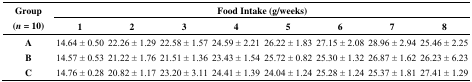
<table><thead><tr><td rowspan="3"><b>Group (<i>n</i> = 10)</b></td><td colspan="8"><b>Food Intake (g/weeks)</b></td></tr><tr><td><b>1</b></td><td><b>2</b></td><td><b>3</b></td><td><b>4</b></td><td><b>5</b></td><td><b>6</b></td><td><b>7</b></td><td><b>8</b></td></tr></thead><tbody><tr><td><b>A</b></td><td>14.64 ± 0.50</td><td>22.26 ± 1.29</td><td>22.58 ± 1.57</td><td>24.59 ± 2.21</td><td>26.22 ± 1.83</td><td>27.15 ± 2.08</td><td>28.96 ± 2.94</td><td>25.46 ± 2.25</td></tr><tr><td><b>B</b></td><td>14.57 ± 0.53</td><td>21.22 ± 1.76</td><td>21.51 ± 1.36</td><td>23.43 ± 1.54</td><td>25.72 ± 0.82</td><td>25.30 ± 1.32</td><td>26.87 ± 1.62</td><td>26.23 ± 6.23</td></tr><tr><td><b>C</b></td><td>14.76 ± 0.28</td><td>20.82 ± 1.17</td><td>23.20 ± 3.11</td><td>24.41 ± 1.39</td><td>24.04 ± 1.24</td><td>25.28 ± 1.24</td><td>25.37 ± 1.81</td><td>27.41 ± 1.29</td></tr></tbody></table>